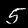
Label: 5